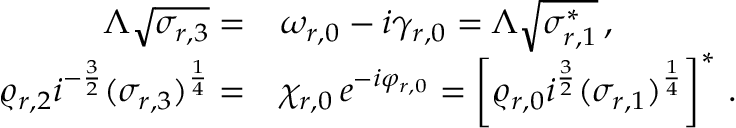
\begin{array} { r l } { { \Lambda \sqrt { \sigma _ { r , 3 } } = } } & { { \omega _ { r , 0 } - i \gamma _ { r , 0 } = \Lambda \sqrt { \sigma _ { r , 1 } ^ { * } } \, , } } \\ { { \varrho _ { r , 2 } i ^ { - \frac { 3 } { 2 } } ( \sigma _ { r , 3 } ) ^ { \frac { 1 } { 4 } } = } } & { { \chi _ { r , 0 } \, e ^ { - i \varphi _ { r , 0 } } = \left[ \varrho _ { r , 0 } i ^ { \frac { 3 } { 2 } } ( \sigma _ { r , 1 } ) ^ { \frac { 1 } { 4 } } \right] ^ { * } \, . } } \end{array}